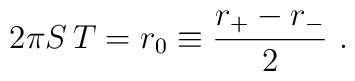
2 \pi S\, T = r_0 \equiv {r_+ - r_- \over 2} \ .